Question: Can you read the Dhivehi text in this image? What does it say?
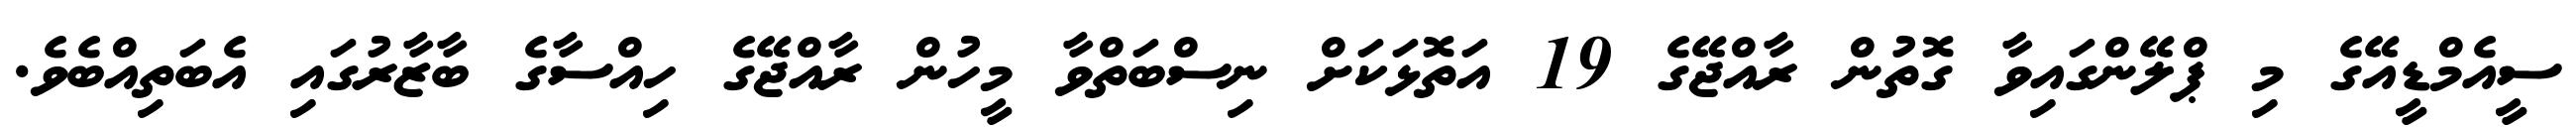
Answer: ސީއެމްޑީއޭގެ މި ޕްލޭންގައިވާ ގޮތުން ރާއްޖޭގެ 19 އަތޮޅަކަށް ނިސްބަތްވާ މީހުން ރާއްޖޭގެ ހިއްސާގެ ބާޒާރުގައި އެބަތިއްބެވެ.